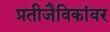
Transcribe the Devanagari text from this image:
प्रतीजैविकांवर